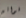
فواتير